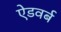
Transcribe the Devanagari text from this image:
ऐडवर्ब